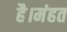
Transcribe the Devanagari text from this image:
है।मंहत